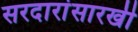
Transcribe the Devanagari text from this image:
सरदारांसारखी